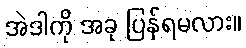
အဲဒါကို အခု ပြန်ရမလား။